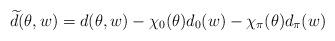
LaTeX: \begin{align*} \widetilde{d}(\theta,w) = d(\theta,w) - \chi_0(\theta)d_0(w) - \chi_{\pi}(\theta)d_{\pi}(w)\end{align*}